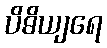
ပိဓိယျရေ